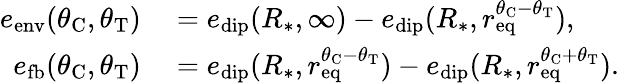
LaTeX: \begin{array}{rl}{e_{\mathrm{env}}(\theta_{\mathrm{C}},\theta_{\mathrm{T}})}&{{}=e_{\mathrm{dip}}(R_{*},\infty)-e_{\mathrm{dip}}(R_{*},r_{\mathrm{eq}}^{\theta_{\mathrm{C}}-\theta_{\mathrm{T}}}),}\\ {e_{\mathrm{fb}}(\theta_{\mathrm{C}},\theta_{\mathrm{T}})}&{{}=e_{\mathrm{dip}}(R_{*},r_{\mathrm{eq}}^{\theta_{\mathrm{C}}-\theta_{\mathrm{T}}})-e_{\mathrm{dip}}(R_{*},r_{\mathrm{eq}}^{\theta_{\mathrm{C}}+\theta_{\mathrm{T}}}).}\end{array}